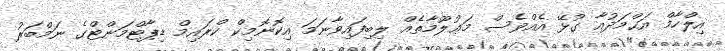
އިލްހާމް އަޙްމަދުއާ ގުޅޭ އެއްވެސް މަޢުލޫމާތެއް ލިބިފައިވާނަމަ އިކޮނޮމިކް ކްރައިމް ޑިޕާޓްމަންޓްގެ ނަމްބަރު